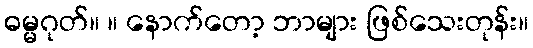
ဓမ္မဂုတ်။ ။ နောက်တော့ ဘာများ ဖြစ်သေးတုန်း။